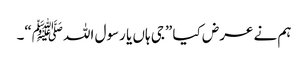
ہم نے عرض کیا ”جی ہاں یا رسول اللہﷺ“۔